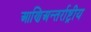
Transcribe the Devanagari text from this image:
आणिअन्तर्राष्ट्रीय